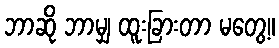
ဘာဆို ဘာမျှ ထူးခြားတာ မတွေ့။